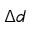
\Delta d